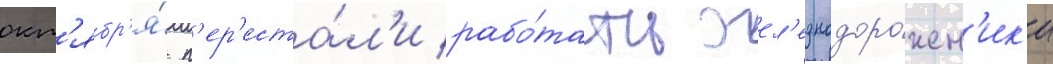
окт'ябр'я́ п'ер'еста́л'и рабо́тать жел'езнодоро́жн'ик'и